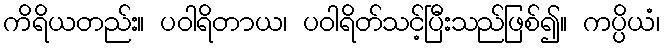
ကိရိယတည်း။ ပဝါရိတာယ၊ ပဝါရိတ်သင့်ပြီးသည်ဖြစ်၍။ ကပ္ပိယံ၊